Leaving Certificate Examination, 1925
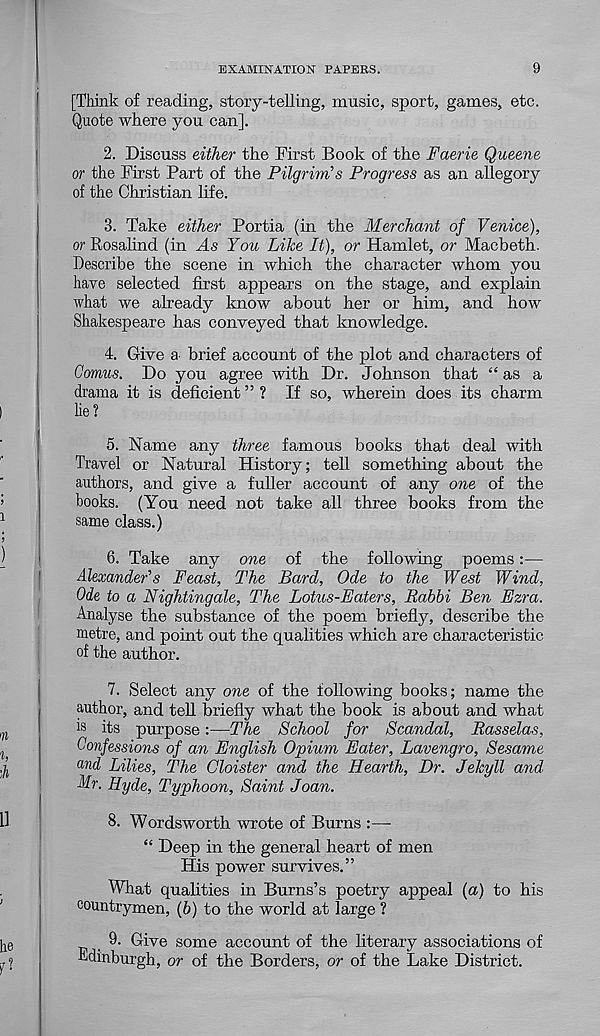
EXAMINATION PAPERS.
9
[Think of reading, story-telling, music, sport, games, etc.
Quote where you can].
2. Discuss either the First Book of the Faerie Queene
or the First Part of the Pilgrim’s Progress as an allegory
of the Christian life.
3. Take either Portia (in the Merchant of Venice),
or Rosalind (in As You Like It), or Hamlet, or Macbeth.
Describe the scene in which the character whom you
have selected first appears on the stage, and explain
what we already know about her or him, and how
Shakespeare has conveyed that knowledge.
4. Give a brief account of the plot and characters of
Comus. Do you agree with Dr. Johnson that “as a
drama it is deficient ” ? If so, wherein does its charm
lie?
5. Name any three famous books that deal with
Travel or Natural History; tell something about the
authors, and give a fuller account of any one of the
books. (You need not take all three books from the
same class.)
6. Take any one of the following poems:—
Alexander's Feast, The Bard, Ode to the West Wind,
Ode to a Nightingale, The Lotus-Eaters, Rabbi Ben Ezra.
Analyse the substance of the poem briefly, describe the
metre, and point out the qualities which are characteristic
of the author.
7. Select any one of the following books; name the
author, and tell briefly what the book is about and what
is its purpose:—The School for Scandal, Rasselas,
Confessions of an English Opium Eater, Lavengro, Sesame
and Lilies, The Cloister and the Hearth, Dr. Jekyll and
Nr. Hyde, Typhoon, Saint Joan.
8. Wordsworth wrote of Burns :—
“ Deep in the general heart of men
His power survives.”
What qualities in Burns’s poetry appeal (a) to his
countrymen, (b) to the world at large ?
9. Give some account of the literary associations of
Edinburgh, or of the Borders, or of the Lake District.